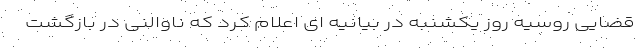
قضایی روسیه روز یکشنبه در بیانیه ای اعلام کرد که ناوالنی در بازگشت